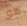
هو